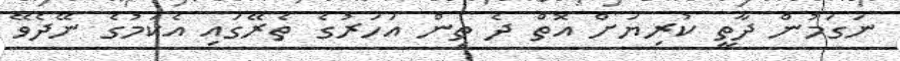
ނަގަމުން ދާތީ ކުރިޔަށް އޮތް ދެ ތިން އަހަރުގެ ތެރޭގައި އެކަމުގެ ނޭދެވޭ